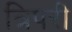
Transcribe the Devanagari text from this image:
त्रिपरी